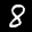
Label: 8